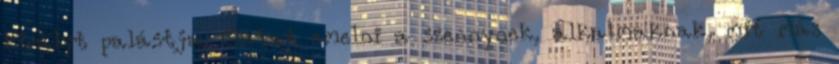
királyt palástja. Gátat emelni a szennynek, alkalmaknak, mit más